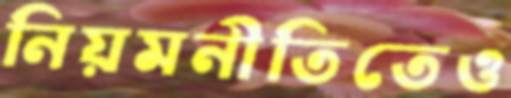
নিয়মনীতিতেও